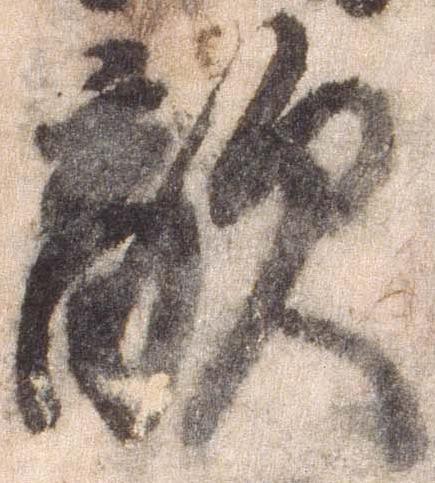
敵